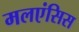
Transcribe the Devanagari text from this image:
मलएंसिस